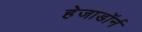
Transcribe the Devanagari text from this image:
हेजाडॉर्न